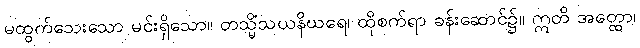
မထွက်သေးသော မင်းရှိသော။ တသ္မိံသယနိဃရေ၊ ထိုစက်ရာ ခန်းဆောင်၌။ ဣတိ အတ္ထော၊